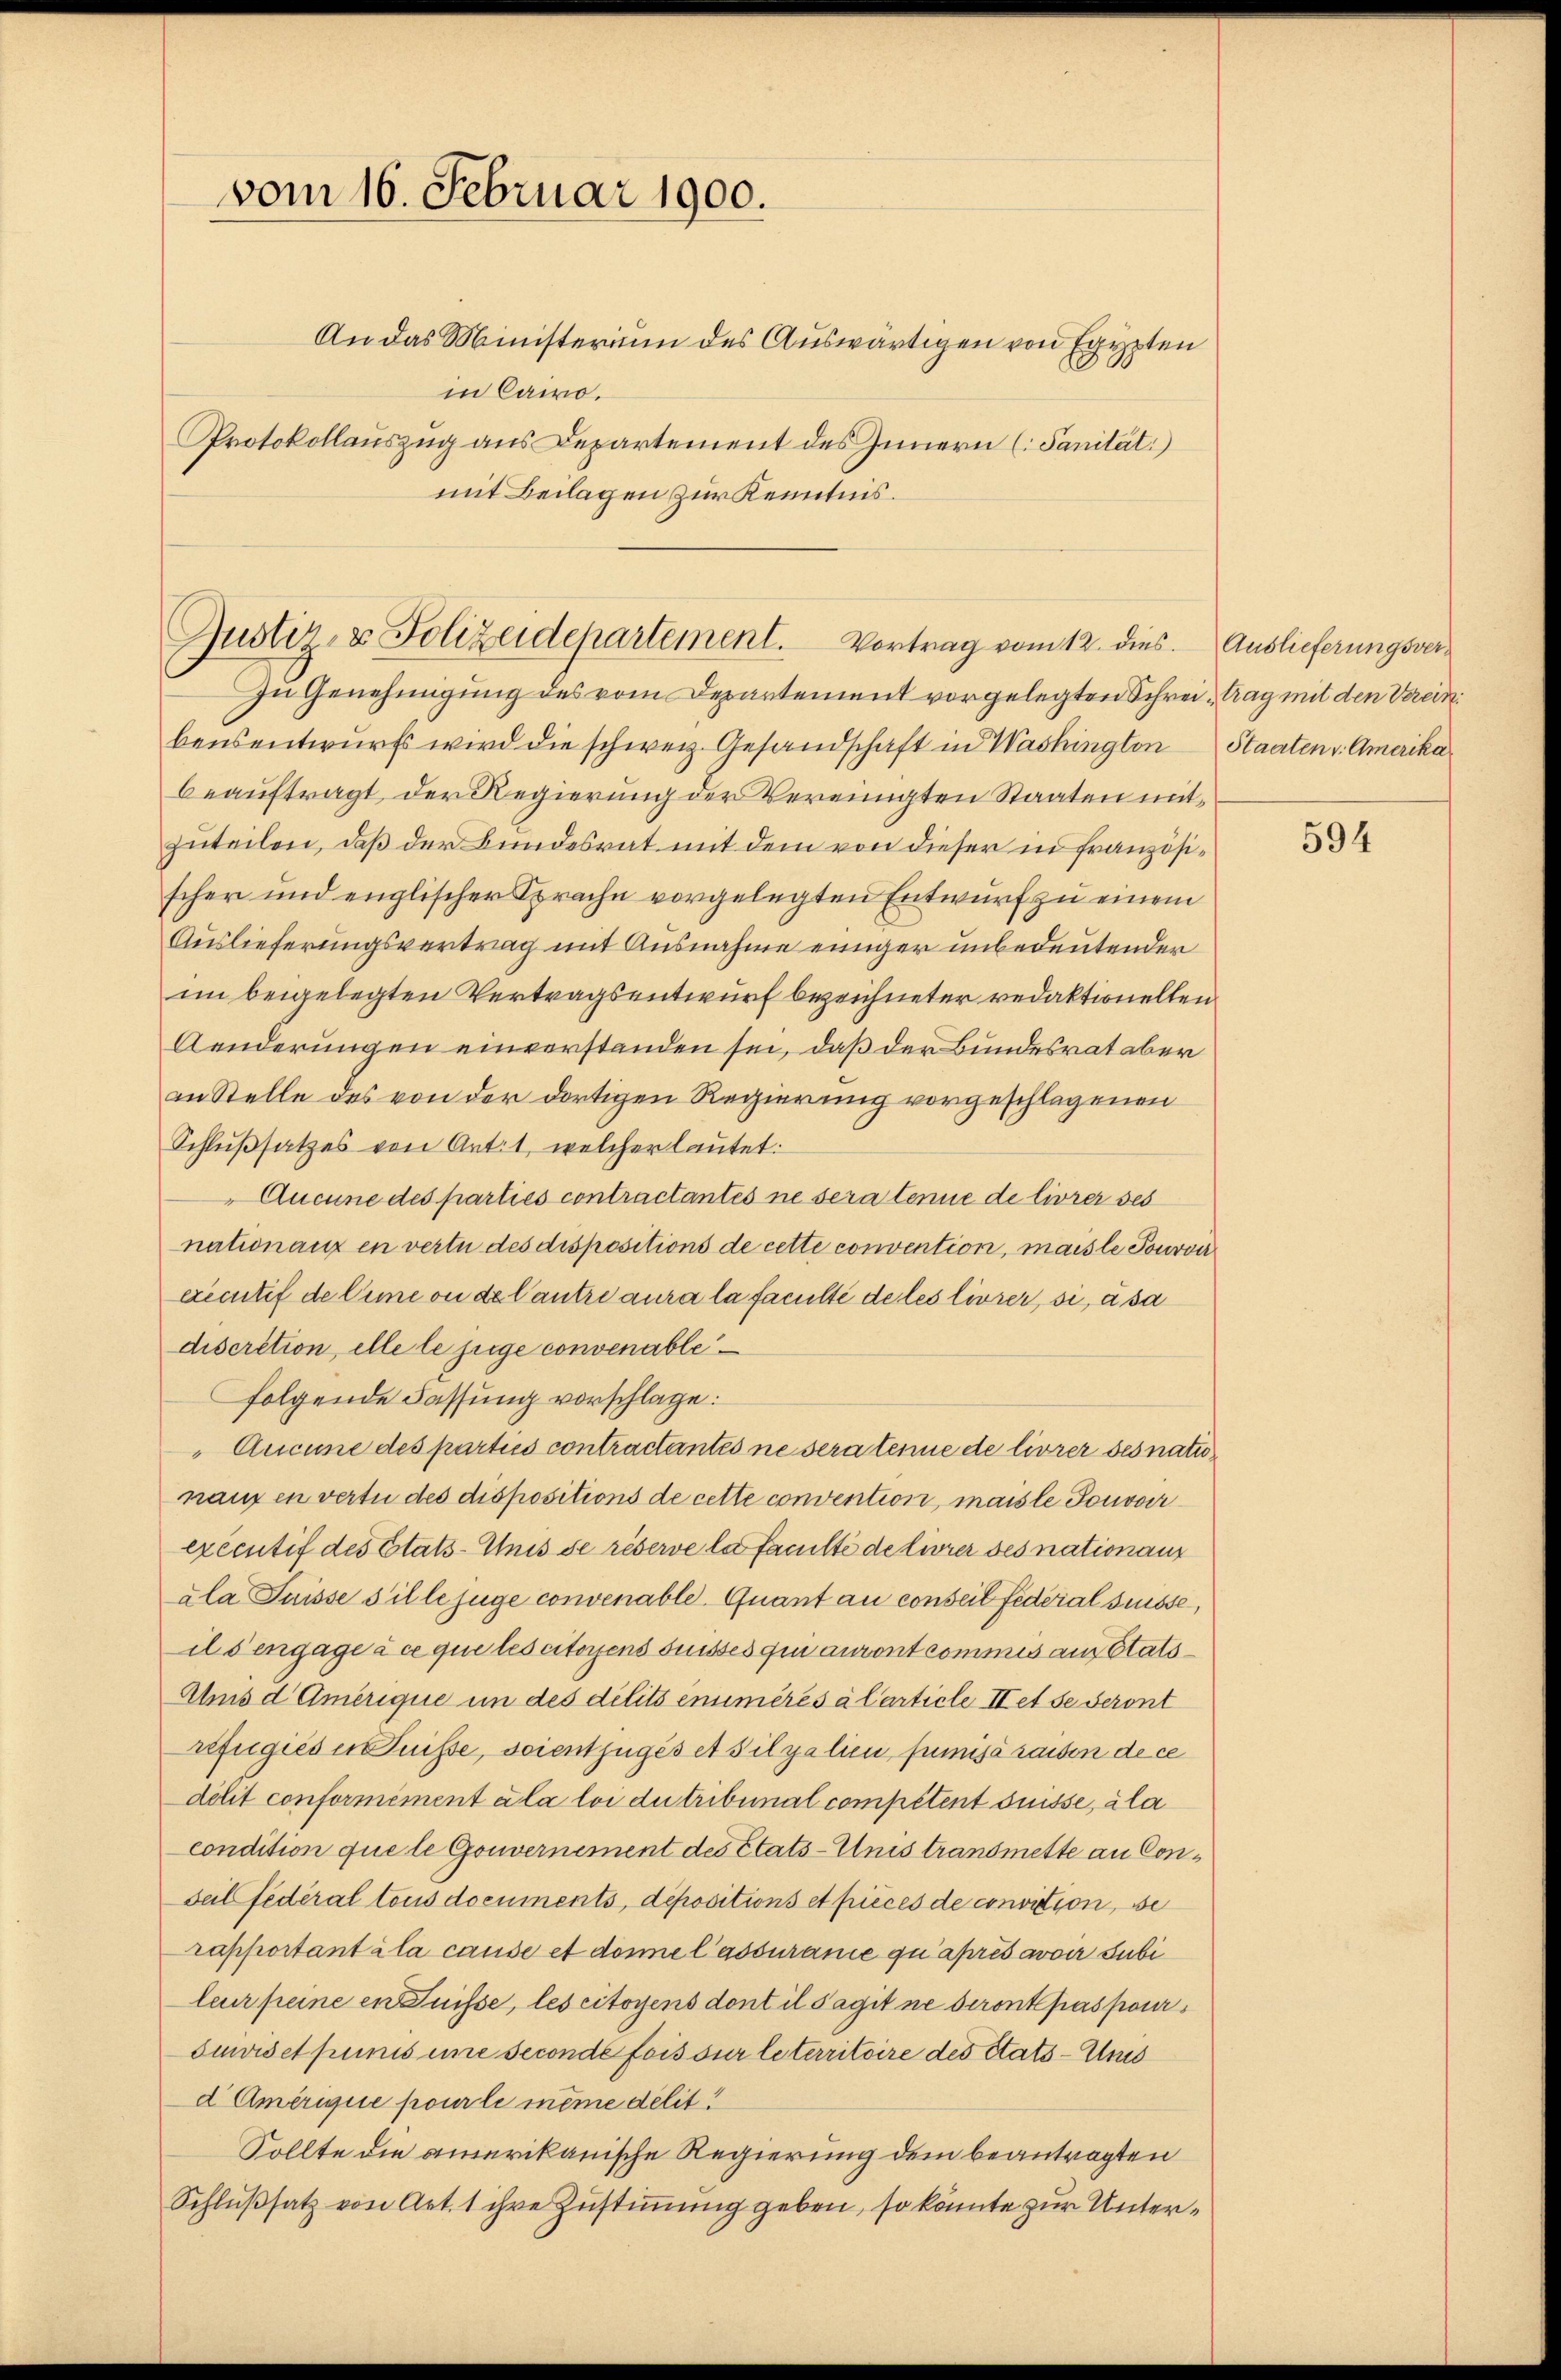
vom 16. Februar 1900.
An das Ministerium des Auswärtigen von Egypten
in Cairo.
Protokollauszug aus Departement des Innern (Sanität:)

mit Beilagen zur Kenntnis.

Zu Genehmigung des vom Departement vorgelegten Schreitrag mit den Vereinbensentwurfs wird die schweiz. Gesandschaft in Washington Staaten v. Amerikabeauftragt, der Regierung der Vereinigten Staaten mitzuteilen, daß der Bundesrat mit dem von dieser in französischer und englischer Sprache vorgelegten Entwurf zu einem
Auslieferungsvertrag mit Ausnahme einiger unbedeutender
im beigelegten Vertragsentwurf bezeichneter redaktionellen.
Aenderungen einverstanden sei, daß der Bundesrat aber
an Stelle des von der dortigen Regierung vorgeschlagenen
Schlußsatzes von Artit, welcher lautet:
Aucune des parties contractantes ne sera tenue de livrer ses
nationanz en verte des dispositions de cette convention, mais le Tourver
executif de Cimeon de Cantre aura la faculté de les livrer, si, à sa
discrétion, elle le juge convenable
folgende Fassung vorschlage:
Aucune des parties contractantes ne sera tene de livrer ses natu
naux en vertu des dispositions de cette convention, mais le Jouvoir
exécutif des Etats-Anis se réserve la faculté de livrer des nation aus
ala Suisse Bille juge convenable Quant au conseil fédéral Suisse,
ilsengage à ce que les citoyens suisses qui anvent commis aus Etats¬
Anis d Amerique in des délits enimeres à l’article II et se seront
refügies eruisse, soient juges et Silzalien fumisa raisen de ce
délit conformément a la loi du tribunal compétent suisse, ala
condition que le Gouvernement des Etats-Unis transmette an Con¬
Feil fédéral tous documents, depositions et pieces de convition, se
rapportant à la cause et donne lassurance qu’après avoir subi
leur peine en Suisse, les citoyens dont il Sagit ne seront pas pour¬
Suwiset punis eine seconde fois sur leterritoire des Stats-Ums
d Amerique pour le même delit!
Sollte die amerikanische Regierung dem beantragten
Schlußsatz von Art. 1 ihre Zustimmung geben, so könnte zur Unter¬

Gustiz- & Polizeidepartement. Vortrag vom 12. dies. Auslieferungsver¬

594